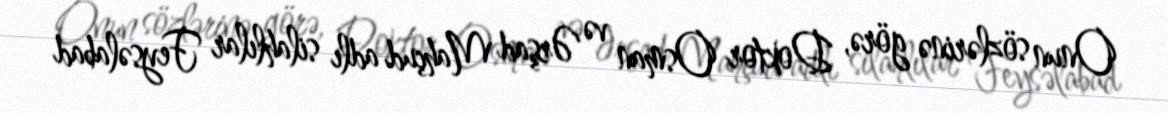
Onun sözlərinə görə, Doktor Osman və Ərşad Mahçud adlı silahlılar Feysəlabad